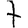
Digit: 7